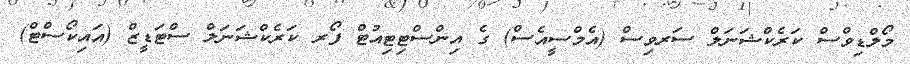
މޯލްޑިވްސް ކަރެކްޝަނަލް ސަރވިސް (އެމްސީއެސް) ގެ އިންސްޓިޓިއުޓް ފޯރ ކަރެކްޝަނަލް ސްޓަޑީޒް (އައިކޯސްޓް)